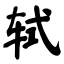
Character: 轼